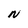
Character: N